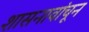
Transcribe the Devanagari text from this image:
शासनावांचून